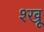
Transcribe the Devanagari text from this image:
श्खू